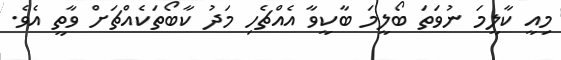
މިއީ ކާލީމަ ނުވަތަ ބޯލީމަ ބާކީވާ އެއްޗެހި މަދު ކާބޯތަކެއްޗަށް ވާތީ އެވެ.